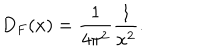
D _ { F } ( x ) = \frac { 1 } { 4 \pi ^ { 2 } } \frac { 1 } { x ^ { 2 } } .